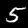
Digit: 5